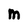
Character: M